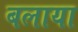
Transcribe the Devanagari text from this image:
बलाया